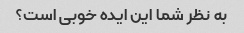
به نظر شما این ایده خوبی است؟